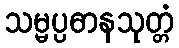
သမ္မပ္ပဓာနသုတ္တံ